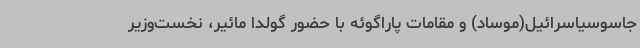
جاسوسیاسرائیل(موساد) و مقامات پاراگوئه با حضور گولدا مائیر، نخست‌وزیر